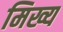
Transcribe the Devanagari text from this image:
मिख्य